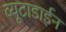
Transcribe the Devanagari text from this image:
व्यूटाडाईन